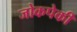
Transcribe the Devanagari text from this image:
जोकपेकी